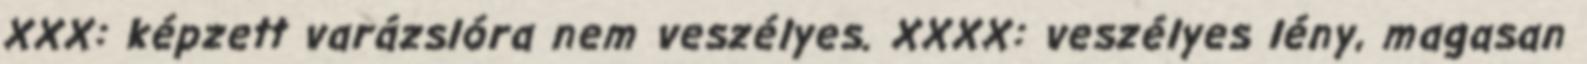
XXX: képzett varázslóra nem veszélyes. XXXX: veszélyes lény, magasan